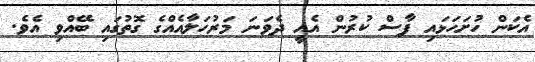
އެކަން ހުށަހަޅައި ފާސް ކުރުން އެއީ ދެވަނަ މަރުހަލާއެއްގެ ގޮތުގައި ބޭއްވި އެވެ.